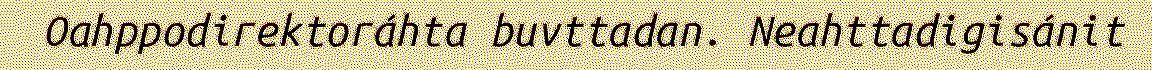
Oahppodirektoráhta buvttadan. Neahttadigisánit